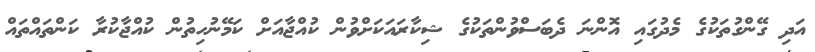
އަދި ގޭންގުތަކުގެ މެދުގައި އޮންނަ ދެބަސްވުންތަކުގެ ޝިކާރައަކަށްވުން ކުއްޖާއަށް ކަމޭނުހިތުން ކުއްޖާކުރާ ކަންތައްތައް